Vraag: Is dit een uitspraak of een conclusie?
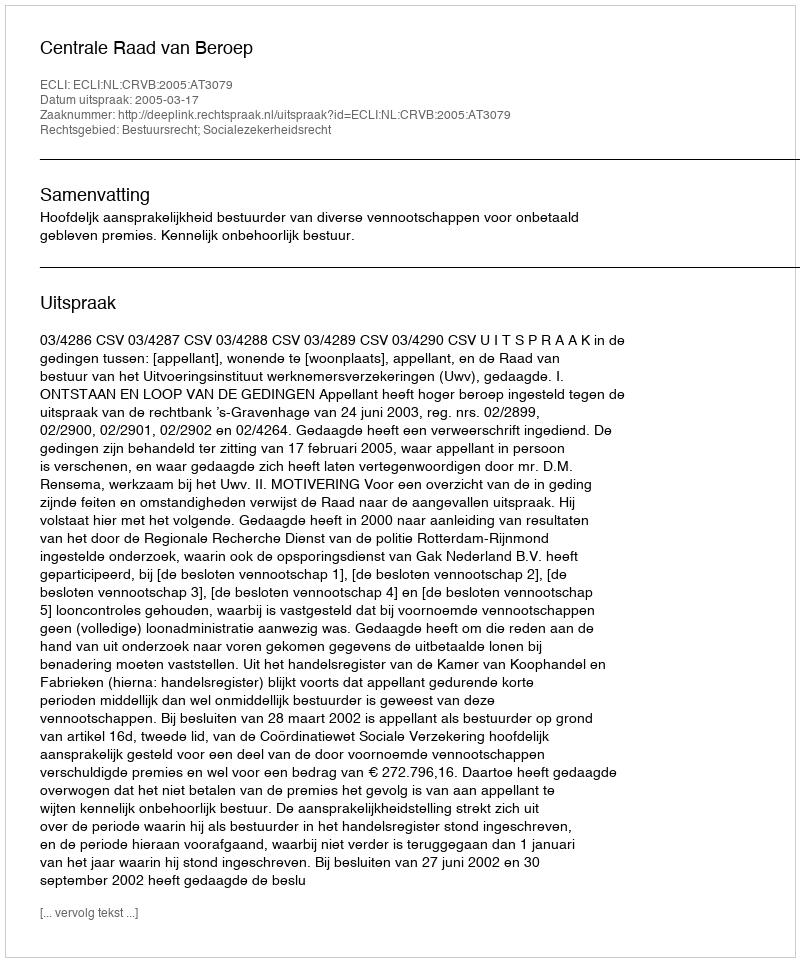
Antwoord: Uitspraak